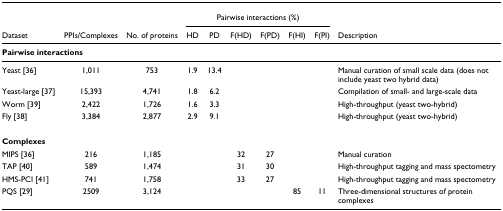
<table><thead><tr><td></td><td></td><td></td><td colspan="6"><b>Pairwise interactions (%)</b></td><td></td></tr><tr><td><b>Dataset</b></td><td><b>PPIs/Complexes</b></td><td><b>No. of proteins</b></td><td><b>HD</b></td><td><b>PD</b></td><td><b>F(HD)</b></td><td><b>F(PD)</b></td><td><b>F(HI)</b></td><td><b>F(PI)</b></td><td><b>Description</b></td></tr></thead><tbody><tr><td colspan="10"><b>Pairwise interactions</b></td></tr><tr><td>Yeast [36]</td><td>1,011</td><td>753</td><td>1.9</td><td>13.4</td><td></td><td></td><td></td><td></td><td>Manual curation of small scale data (does not include yeast two hybrid data)</td></tr><tr><td>Yeast-large [37]</td><td>15,393</td><td>4,741</td><td>1.8</td><td>6.2</td><td></td><td></td><td></td><td></td><td>Compilation of small- and large-scale data</td></tr><tr><td>Worm [39]</td><td>2,422</td><td>1,726</td><td>1.6</td><td>3.3</td><td></td><td></td><td></td><td></td><td>High-throughput (yeast two-hybrid)</td></tr><tr><td>Fly [38]</td><td>3,384</td><td>2,877</td><td>2.9</td><td>9.1</td><td></td><td></td><td></td><td></td><td>High-throughput (yeast two-hybrid)</td></tr><tr><td colspan="10"><b>Complexes</b></td></tr><tr><td>MIPS [36]</td><td>216</td><td>1,185</td><td></td><td></td><td>32</td><td>27</td><td></td><td></td><td>Manual curation</td></tr><tr><td>TAP [40]</td><td>589</td><td>1,474</td><td></td><td></td><td>31</td><td>30</td><td></td><td></td><td>High-throughput tagging and mass spectometry</td></tr><tr><td>HMS-PCI [41]</td><td>741</td><td>1,758</td><td></td><td></td><td>33</td><td>27</td><td></td><td></td><td>High-throughput tagging and mass spectometry</td></tr><tr><td>PQS [29]</td><td>2509</td><td>3,124</td><td></td><td></td><td></td><td></td><td>85</td><td>11</td><td>Three-dimensional structures of protein complexes</td></tr></tbody></table>